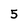
Character: 5